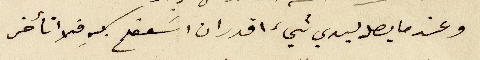
وعندما يصل ليدي شيء اقدر ان اسعفكم بهِ فلا اتأخر